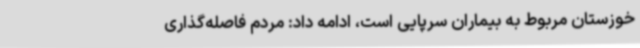
خوزستان مربوط به بیماران سرپایی است، ادامه داد: مردم فاصله‌گذاری